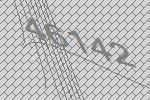
46142